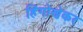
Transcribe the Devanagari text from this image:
हिंगोणेकर